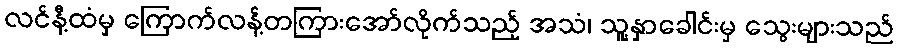
လင်နီ့ထံမှ ကြောက်လန့်တကြားအော်လိုက်သည့် အသံ၊ သူ့နှာခေါင်းမှ သွေးများသည်